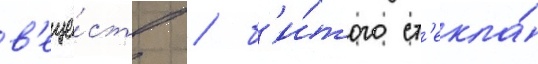
в'еще́ств / б'и́того ст'екла́